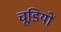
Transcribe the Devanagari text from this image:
चूडि़यों